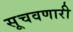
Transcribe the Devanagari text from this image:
सूचवणारी